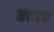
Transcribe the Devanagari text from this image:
बव्ह्रच